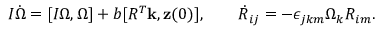
\begin{array} { r } { I \dot { \boldsymbol \Omega } = [ I { \boldsymbol \Omega } , { \boldsymbol \Omega } ] + b [ R ^ { T } { \bf k } , { \bf z } ( 0 ) ] , \qquad \dot { R } _ { i j } = - \epsilon _ { j k m } \Omega _ { k } R _ { i m } . } \end{array}